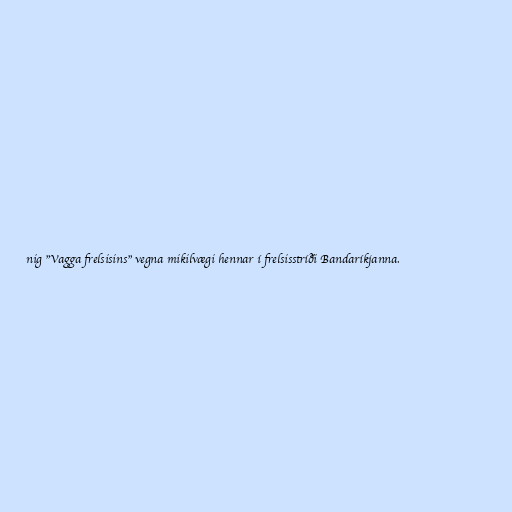
nig "Vagga frelsisins" vegna mikilvægi hennar í frelsisstríði Bandaríkjanna.